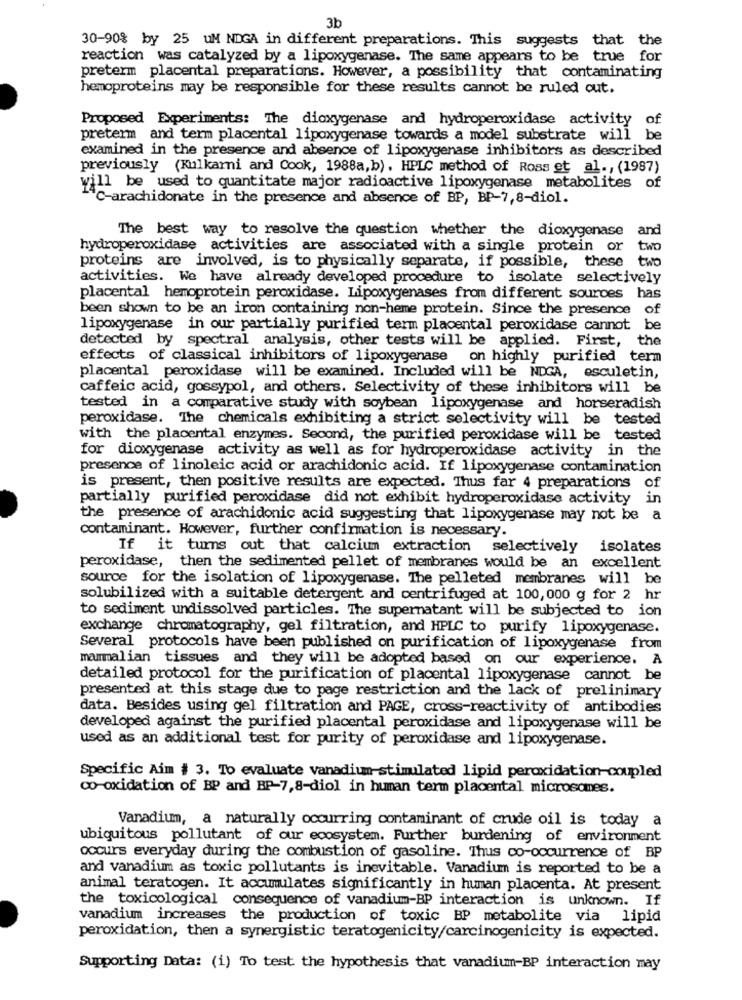
3b
30-90% by 25 UM NDGA in different preparations. This suggests that the
reaction was catalyzed by a lipoxygenase. The same appears to be true for
preterm placental preparations. However, a possibility that contaminating
hemoproteins may be responsible for these results cannot be ruled out.
Proposed Experiments: The dioxygenase and hydroperoxidase activity of
preterm and term placental lipoxygenase towards a model substrate will be
examined in the presence and absence of lipoxygenase inhibitors as described
previously (Kulkarni and Cook, 1988a, b). HPLC method of Ross et al ., (1987)
will be used to quantitate major radioactive lipoxygenase metabolites of
"C-arachidonate in the presence and absence of BP, BP-7,8-diol.
The best way to resolve the question whether the dioxygenase and
hydroperoxidase activities are associated with a single protein or two
proteins are involved, is to physically separate, if possible, these two
activities. We have already developed procedure to isolate selectively
placental hemoprotein peroxidase. Lipoxygenases from different sources has
been shown to be an iron containing non-heme protein. Since the presence of
lipoxygenase in our partially purified term placental peroxidase cannot be
detected by spectral analysis, other tests will be applied. First,
the
effects of classical inhibitors of lipoxygenase on highly purified term
placental peroxidase will be examined. Included will be NDGA, esculetin,
caffeic acid, gossypol, and others. Selectivity of these inhibitors will be
tested in a comparative study with soybean lipoxygenase and horseradish
peroxidase. The chemicals exhibiting a strict selectivity will be tested
with the placental enzymes. Second, the purified peroxidase will be tested
for dioxygenase activity as well as for hydroperoxidase activity in the
presence of linoleic acid or arachidonic acid. If lipoxygenase contamination
is present, then positive results are expected. Thus far 4 preparations of
partially purified peroxidase did not exhibit hydroperoxidase activity in
the presence of arachidonic acid suggesting that lipoxygenase may not be a
contaminant. However, further confirmation is necessary.
If it turns out that calcium extraction selectively
isolates
peroxidase, then the sedimented pellet of membranes would be an excellent
source for the isolation of lipoxygenase. The pelleted membranes will be
solubilized with a suitable detergent and centrifuged at 100, 000 g for 2 hr
to sediment undissolved particles. The supernatant will be subjected to ion
exchange chromatography, gel filtration, and HPLC to purify lipoxygenase.
Several protocols have been published on purification of lipoxygenase from
mammalian tissues and they will be adopted based on our experience. A
detailed protocol for the purification of placental lipoxygenase cannot be
presented at this stage due to page restriction and the lack of prelinimary
data. Besides using gel filtration and PAGE, cross-reactivity of antibodies
developed against the purified placental peroxidase and lipoxygenase will be
used as an additional test for purity of peroxidase and lipoxygenase.
Specific Aim # 3. To evaluate vanadium-stimulated lipid peroxidation-coupled
co-oxidation of BP and BP-7,8-diol in human term placental microsomes.
Vanadium, a naturally occurring contaminant of crude oil is today a
ubiquitous pollutant of our ecosystem. Further burdening of environment
occurs everyday during the combustion of gasoline. Thus co-occurrence of BP
and vanadium as toxic pollutants is inevitable. Vanadium is reported to be a
animal teratogen. It accumulates significantly in human placenta. At present
the toxicological consequence of vanadium-BP interaction is unknown. If
vanadium increases the production of toxic BP metabolite via lipid
peroxidation, then a synergistic teratogenicity/carcinogenicity is expected.
Supporting Data: (i) To test the hypothesis that vanadium-BP interaction may